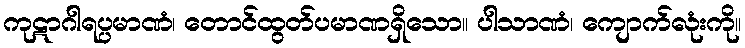
ကုဋာဂါရပ္ပမာဏံ၊ တောင်ထွတ်ပမာဏရှိသော။ ပါသာဏံ၊ ကျောက်လုံးကို။